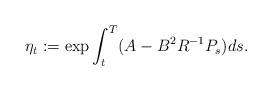
LaTeX: \begin{align*} \eta_t:=\exp\int_t^T(A-B^2R^{-1}P_s)ds.\end{align*}